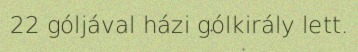
22 góljával házi gólkirály lett.